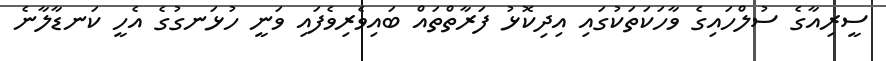
ސީރިއާގެ ސުލްހައިގެ ވާހަކަތަކުގައި އިދިކޮޅު ފަރާތްތައް ބައިވެރިވެފައި ވަނީ ހުޅަނގުގެ އެހީ ކަނޑާލާނެ